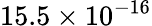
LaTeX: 15.5\times 10^{-16}